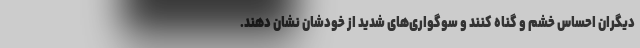
دیگران احساس خشم و گناه کنند و سوگواری‌های شدید از خودشان نشان دهند.